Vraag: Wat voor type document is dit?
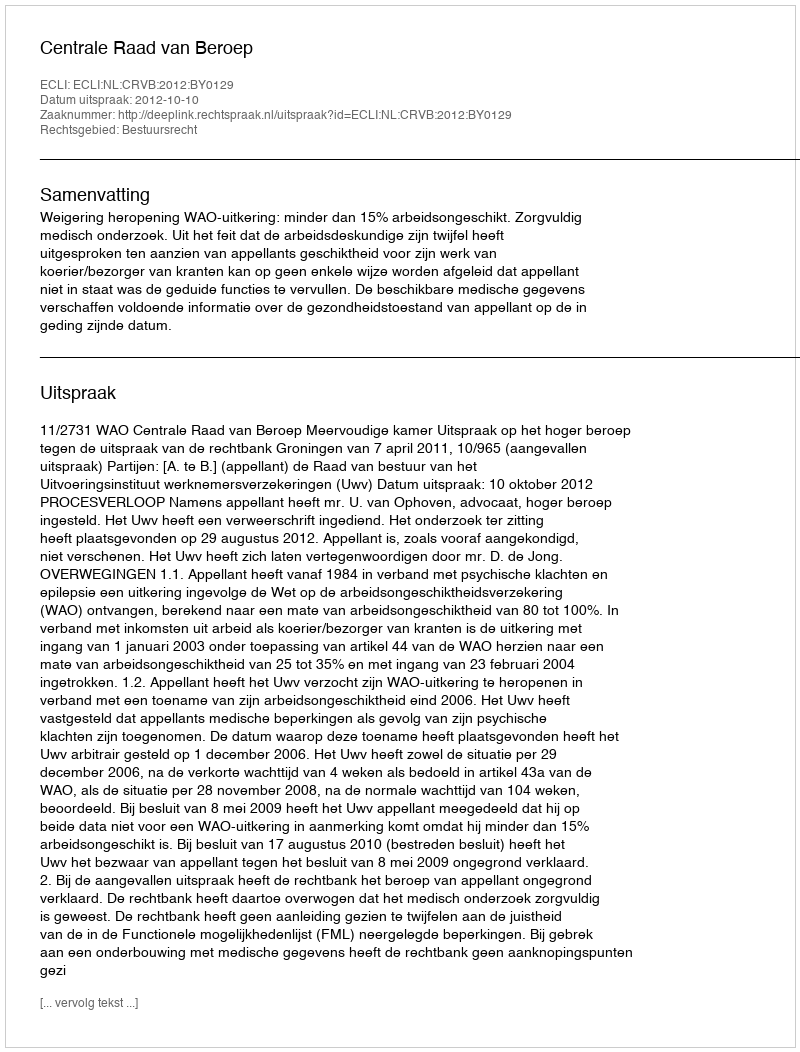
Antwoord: Uitspraak